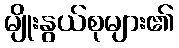
မျိုးနွယ်စုများ၏